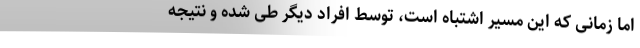
اما زمانی که این مسیر اشتباه است، توسط افراد دیگر طی شده و نتیجه